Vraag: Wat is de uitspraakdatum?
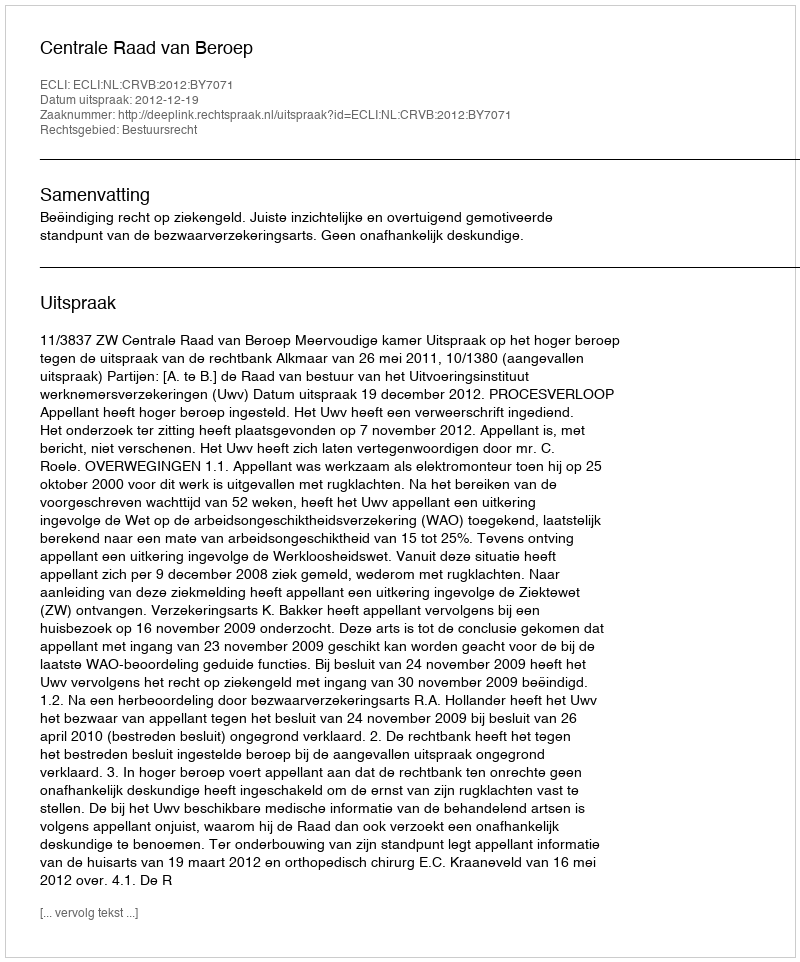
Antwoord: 2012-12-19